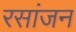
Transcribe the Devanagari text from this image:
रसांजन